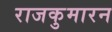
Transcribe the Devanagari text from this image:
राजकुमारन